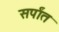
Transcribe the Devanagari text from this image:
सर्पांत